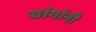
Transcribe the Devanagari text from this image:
यांगांनी